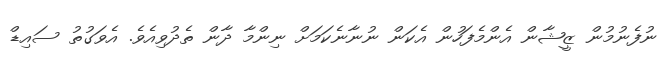
ނުފެނުމުން ޒީޝާން އެންމެފަހުން އެކަން ނުނާނެކަމަށް ނިންމާ ދާން ތެދުވިއެވެ. އެވަގުތު ސައިޑް